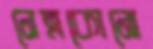
নেত্রকোনো